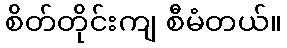
စိတ်တိုင်းကျ စီမံတယ်။